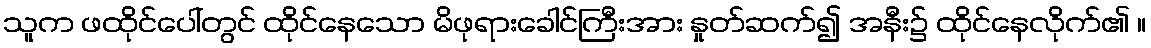
သူက ဖထိုင်ပေါ်တွင် ထိုင်နေသော မိဖုရားခေါင်ကြီးအား နှုတ်ဆက်၍ အနီး၌ ထိုင်နေလိုက်၏ ။